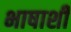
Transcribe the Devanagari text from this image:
भाषाशी